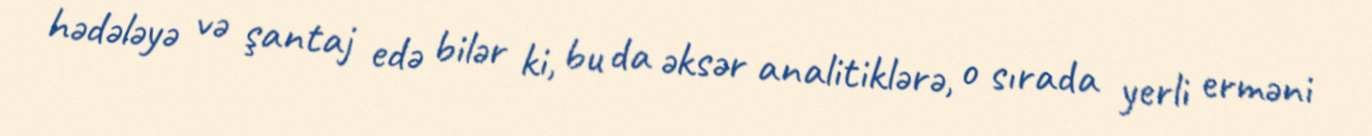
hədələyə və şantaj edə bilər ki, bu da əksər analitiklərə, o sırada yerli erməni